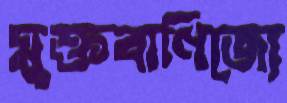
মুক্তবাণিজ্যে